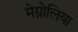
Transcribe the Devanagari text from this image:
मेग्नोलिया